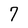
Character: 7